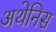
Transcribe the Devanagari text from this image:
अथेनिस